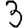
Digit: 3